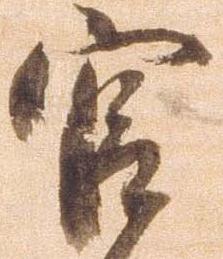
官